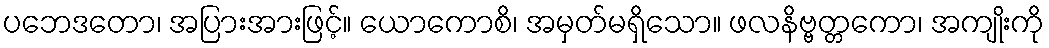
ပဘေဒတော၊ အပြားအားဖြင့်။ ယောကောစိ၊ အမှတ်မရှိသော။ ဖလနိဗ္ဗတ္တကော၊ အကျိုးကို